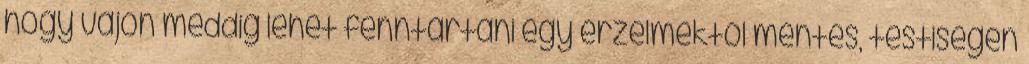
hogy vajon meddig lehet fenntartani egy érzelmektől mentes, testiségen